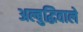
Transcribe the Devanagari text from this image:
अल्बुद्धिवाले